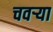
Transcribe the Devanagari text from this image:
चवऱ्या